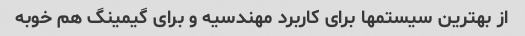
از بهترین سیستمها برای کاربرد مهندسیه و برای گیمینگ هم خوبه